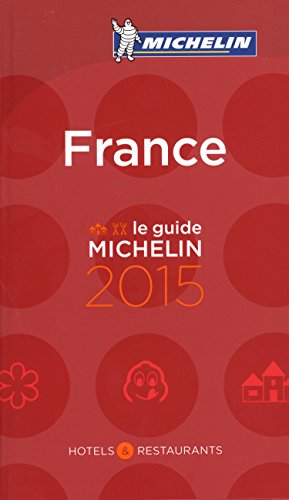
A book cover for MICHELIN Guide France 2015: Hotels & Restaurants (Michelin Guides) (French Edition); Michelin; Travel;